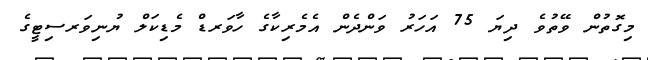
މިގޮތުން ވޭތުވެ ދިޔަ 75 އަހަރު ވަންދެން އެމެރިކާގެ ހާވަރޑް މެޑިކަލް ޔުނިވަރސިޓީގެ